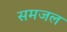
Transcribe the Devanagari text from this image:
समजल